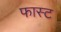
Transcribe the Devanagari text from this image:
फास्‍ट